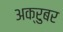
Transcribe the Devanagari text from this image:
अक्रुबर